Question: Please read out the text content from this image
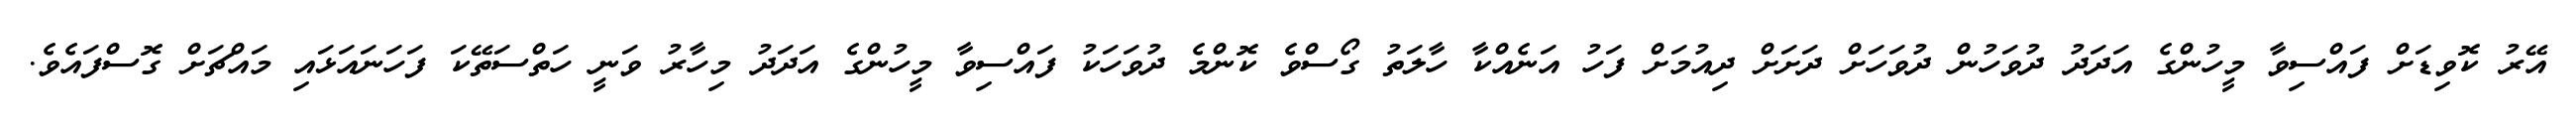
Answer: އޭރު ކޮވިޑަށް ފައްސިވާ މީހުންގެ އަދަދު ދުވަހުން ދުވަހަށް ދަށަށް ދިއުމަށް ފަހު އަނެއްކާ ހާލަތު ގޯސްވެ ކޮންމެ ދުވަހަކު ފައްސިވާ މީހުންގެ އަދަދު މިހާރު ވަނީ ހަތްސަތޭކަ ފަހަނައަޅައި މައްޗަށް ގޮސްފައެވެ.